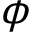
\phi